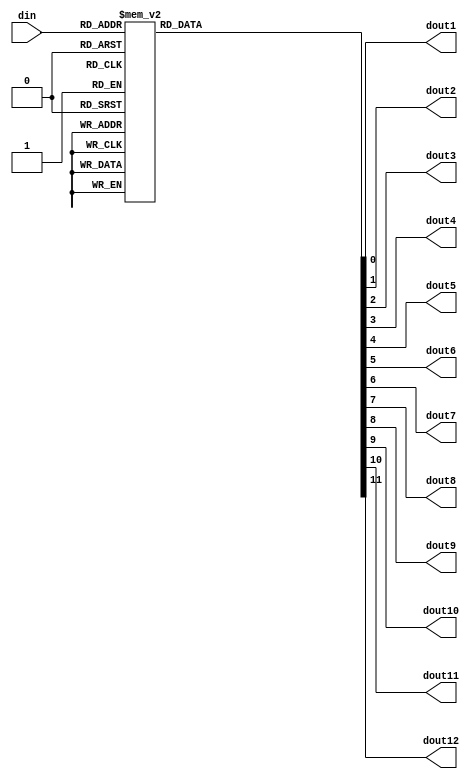
`timescale 1ns / 1ps
//////////////////////////////////////////////////////////////////////////////////
// Company: 
// Engineer: 
// 
// Design Name: 
// Module Name: decoder_4_to_16_interleaver
// Project Name: 
// Target Devices: 
// Tool Versions: 
// Description: 
// 
// Dependencies: 
// 
// Revision:
// Revision 0.01 - File Created
// Additional Comments:
// 
//////////////////////////////////////////////////////////////////////////////////


module decoder_4_to_16_interleaver(din,dout1,dout2,dout3,dout4,dout5,dout6,dout7,dout8,dout9,dout10,dout11,dout12);
input [3:0] din;
output reg dout1,dout2,dout3,dout4,dout5,dout6,dout7,dout8,dout9,dout10,dout11,dout12;

always @(din)
begin 
   case (din)
   4'd1 : begin  dout1=1'b1; dout2=1'b0; dout3=1'b0; dout4=1'b0; dout5=1'b0; dout6=1'b0; dout7=1'b0; dout8=1'b0; dout9=1'b0; dout10=1'b0; dout11=1'b0;  dout12=1'b0; end
   4'd2 : begin  dout1=1'b0; dout2=1'b1; dout3=1'b0; dout4=1'b0; dout5=1'b0; dout6=1'b0; dout7=1'b0; dout8=1'b0; dout9=1'b0; dout10=1'b0; dout11=1'b0;  dout12=1'b0; end
   4'd3 : begin  dout1=1'b0; dout2=1'b0; dout3=1'b1; dout4=1'b0; dout5=1'b0; dout6=1'b0; dout7=1'b0; dout8=1'b0; dout9=1'b0; dout10=1'b0; dout11=1'b0;  dout12=1'b0; end
   4'd4 : begin  dout1=1'b0; dout2=1'b0; dout3=1'b0; dout4=1'b1; dout5=1'b0; dout6=1'b0; dout7=1'b0; dout8=1'b0; dout9=1'b0; dout10=1'b0; dout11=1'b0;  dout12=1'b0; end
   4'd5 : begin  dout1=1'b0; dout2=1'b0; dout3=1'b0; dout4=1'b0; dout5=1'b1; dout6=1'b0; dout7=1'b0; dout8=1'b0; dout9=1'b0; dout10=1'b0; dout11=1'b0;  dout12=1'b0; end
   4'd6 : begin  dout1=1'b0; dout2=1'b0; dout3=1'b0; dout4=1'b0; dout5=1'b0; dout6=1'b1; dout7=1'b0; dout8=1'b0; dout9=1'b0; dout10=1'b0; dout11=1'b0;  dout12=1'b0; end
   4'd7 : begin  dout1=1'b0; dout2=1'b0; dout3=1'b0; dout4=1'b0; dout5=1'b0; dout6=1'b0; dout7=1'b1; dout8=1'b0; dout9=1'b0; dout10=1'b0; dout11=1'b0;  dout12=1'b0; end
   4'd8 : begin  dout1=1'b0; dout2=1'b0; dout3=1'b0; dout4=1'b0; dout5=1'b0; dout6=1'b0; dout7=1'b0; dout8=1'b1; dout9=1'b0; dout10=1'b0; dout11=1'b0;  dout12=1'b0; end
   4'd9 : begin  dout1=1'b0; dout2=1'b0; dout3=1'b0; dout4=1'b0; dout5=1'b0; dout6=1'b0; dout7=1'b0; dout8=1'b0; dout9=1'b1; dout10=1'b0; dout11=1'b0;  dout12=1'b0; end
   4'd10 : begin  dout1=1'b0; dout2=1'b0; dout3=1'b0; dout4=1'b0; dout5=1'b0; dout6=1'b0; dout7=1'b0; dout8=1'b0; dout9=1'b0; dout10=1'b1; dout11=1'b0;  dout12=1'b0; end
   4'd11 : begin  dout1=1'b0; dout2=1'b0; dout3=1'b0; dout4=1'b0; dout5=1'b0; dout6=1'b0; dout7=1'b0; dout8=1'b0; dout9=1'b0; dout10=1'b0; dout11=1'b1;  dout12=1'b0; end
   4'd12 : begin  dout1=1'b0; dout2=1'b0; dout3=1'b0; dout4=1'b0; dout5=1'b0; dout6=1'b0; dout7=1'b0; dout8=1'b0; dout9=1'b0; dout10=1'b0; dout11=1'b0; dout12=1'b1; end
   
   default : begin  dout1=1'b0; dout2=1'b0; dout3=1'b0; dout4=1'b0; dout5=1'b0; dout6=1'b0; dout7=1'b0; dout8=1'b0; dout9=1'b0; dout10=1'b0; dout11=1'b0;  dout12=1'b0; end
 
   
   
   
   endcase
end

endmodule